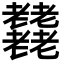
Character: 𦓋